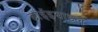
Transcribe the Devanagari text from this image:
डाईइथाइल